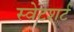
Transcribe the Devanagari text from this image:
स्वेटशर्ट